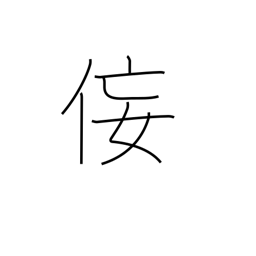
Meaning: insincerity